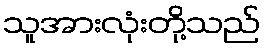
သူအားလုံးတို့သည်